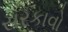
સરકાવો